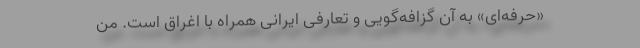
«حرفه‌ای» به آن گزافه‌گویی و تعارفی ایرانی همراه با اغراق است. من